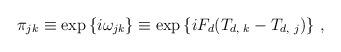
LaTeX: \begin{align*}\pi_{jk} \equiv \exp{\{i\omega_{jk}\}}\equiv\exp{\{i F_d (T_{d,\,\,k} - T_{d,\,\,j})\}} \ ,\end{align*}